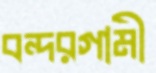
বন্দরগামী